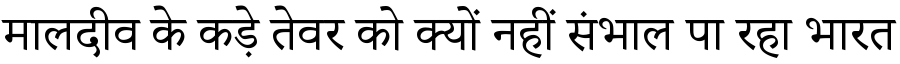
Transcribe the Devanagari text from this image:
मालदीव के कड़े तेवर को क्यों नहीं संभाल पा रहा भारत